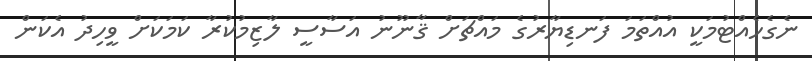
ނެގެހެއްޓުމަކީ އުއްތަމަ ފަނޑިޔާރުގެ މައްޗަށް ޤާނޫނު އަސާސީ ލާޒިމުކުރާ ކަމަކަށް ވީހިދު އެކަން